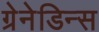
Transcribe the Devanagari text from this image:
ग्रेनेडिन्स